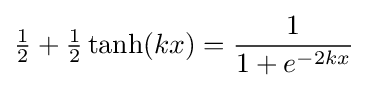
{\tfrac {1}{2}}+{\tfrac {1}{2}}\tanh(kx)={\frac {1}{1+e^{-2kx}}}